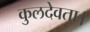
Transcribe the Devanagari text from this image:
कुलदेवता।